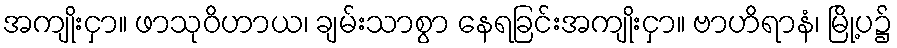
အကျိုးငှာ။ ဖာသုဝိဟာယ၊ ချမ်းသာစွာ နေရခြင်းအကျိုးငှာ။ ဗာဟိရာနံ၊ မြို့ပ၌